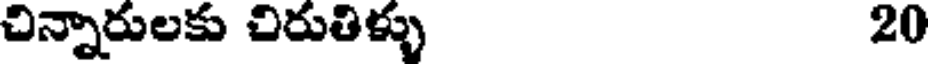
చిన్నారులకు చిరుతిళ్ళు 20